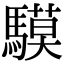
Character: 䮬